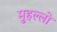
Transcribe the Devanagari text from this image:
मुहल्लो